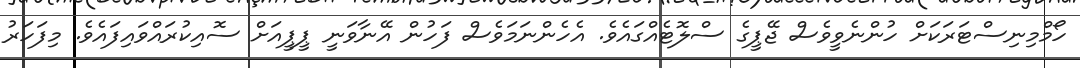
ހޯމްމިނިސްޓަރަކަށް ހުންނެވީވެސް ޖޭޕީގެ ސްލޮޓެއްގައެވެ. އެހެންނަމަވެސް ފަހުން އޭނާވަނީ ޕީޕީއަށް ސޮއިކުރައްވައިފައެވެ. މިފަހަރު